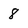
Character: 8